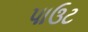
પાઉટ